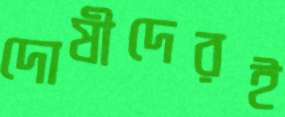
দোষীদেরই